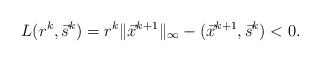
LaTeX: \begin{align*}L(r^k,\vec s^k)=r^k \|\vec x^{k+1}\|_\infty-(\vec x^{k+1},\vec s^k)<0.\end{align*}